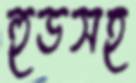
হুডসহ